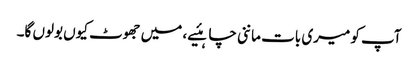
آپ کو میری بات ماننی چاہئیے، میں جھوٹ کیوں بولوں گا۔